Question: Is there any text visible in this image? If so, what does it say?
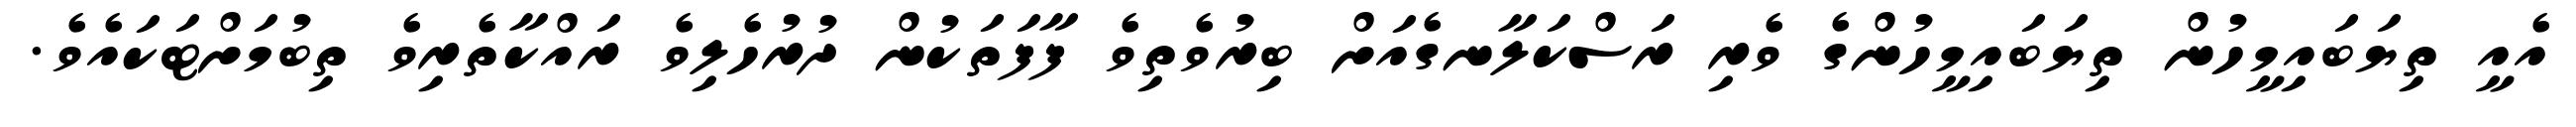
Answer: އެއީ ތިޔަބައިމީހުން ތިޔަބައިމީހުންގެ ވެރި ރަސްކަލާނގެއަށް ބިރުވެތިވެ ފާފަތަކުން ދުރުހެލިވެ ރައްކާތެރިވެ ތިބުމަށްޓަކައެވެ.